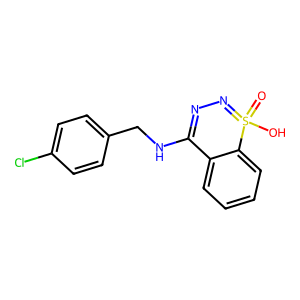
SMILES: O=S1(O)=NN=C(NCc2ccc(Cl)cc2)c2ccccc21
Inhibits HIV replication: No